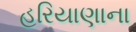
હરિયાણાના